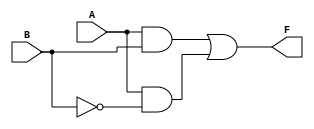
module two_variable_kmap (
    input wire A,  // 1-bit input A
    input wire B,  // 1-bit input B
    output wire F  // 1-bit output F
);

// Logic derived from the K-map
// Example: F = A & B + A' & B
// You can modify the expression based on your specific K-map requirements
assign F = (A & B) | (A & ~B); // Example: F(1,1) and F(1,0) are 1

endmodule